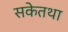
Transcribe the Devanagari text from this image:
सकेतथा